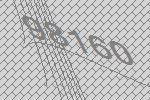
98160